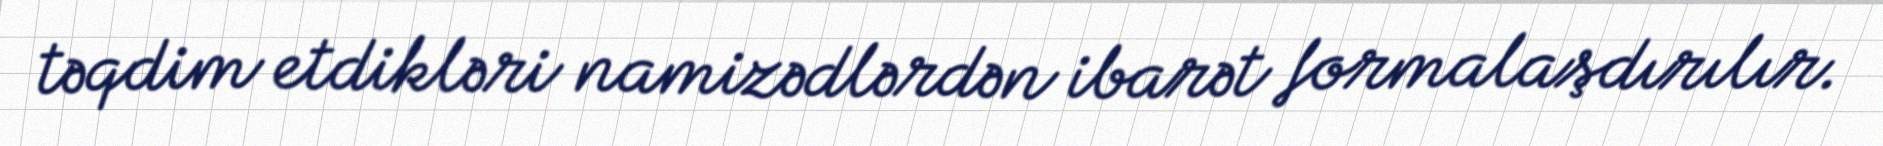
təqdim etdikləri namizədlərdən ibarət formalaşdırılır.